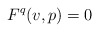
\begin{align*}F^q(v,p) = 0\end{align*}